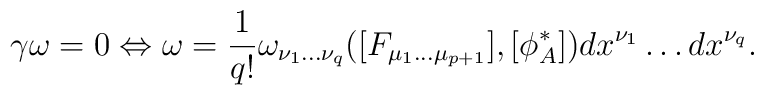
\gamma \omega = 0 \Leftrightarrow \omega = \frac{1}{q!}\omega_{\nu_1 ... \nu_q}([F_{\mu_1 ... \mu_{p+1}}],[\phi^*_A])dx^{\nu_1} \dots dx^{\nu_q}.